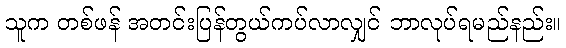
သူက တစ်ဖန် အတင်းပြန်တွယ်ကပ်လာလျှင် ဘာလုပ်ရမည်နည်း။